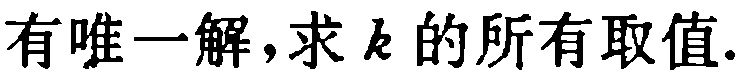
有唯一解,求\(k\)的所有取值.